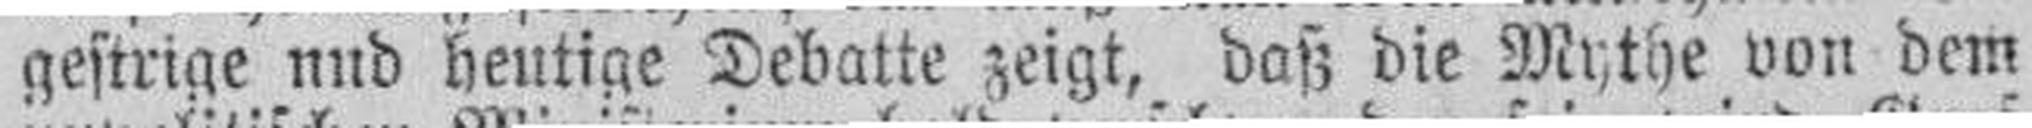
gestrige und heutige Debatte zeigt, daß die Mythe von dem